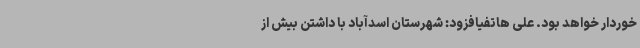
خوردار خواهد بود. علی هاتفیافزود: شهرستان اسدآباد با داشتن بیش از